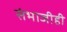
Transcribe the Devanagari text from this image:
संभाजीही